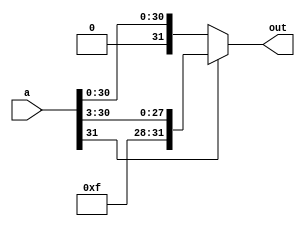
`timescale 1ns / 1ps
module leakyrelu32bit(
    input signed [31:0] a,
    output reg signed [31:0] out
    );
    always @(a)
    begin
        if(a[31])
           out = a>>>3;
        else
           out = a;
    end
endmodule